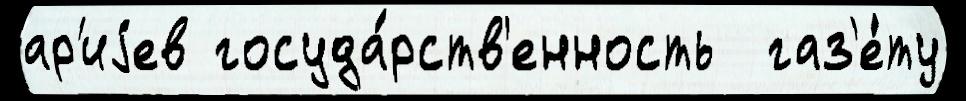
ар'иjев госуда́рств'енность  газ'е́ту